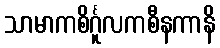
သာမာကစိင်္ဂူလကစီနကာနိ